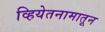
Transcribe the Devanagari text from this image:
व्हियेतनामातून